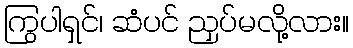
ကြွပါရှင်၊ ဆံပင် ညှပ်မလို့လား။